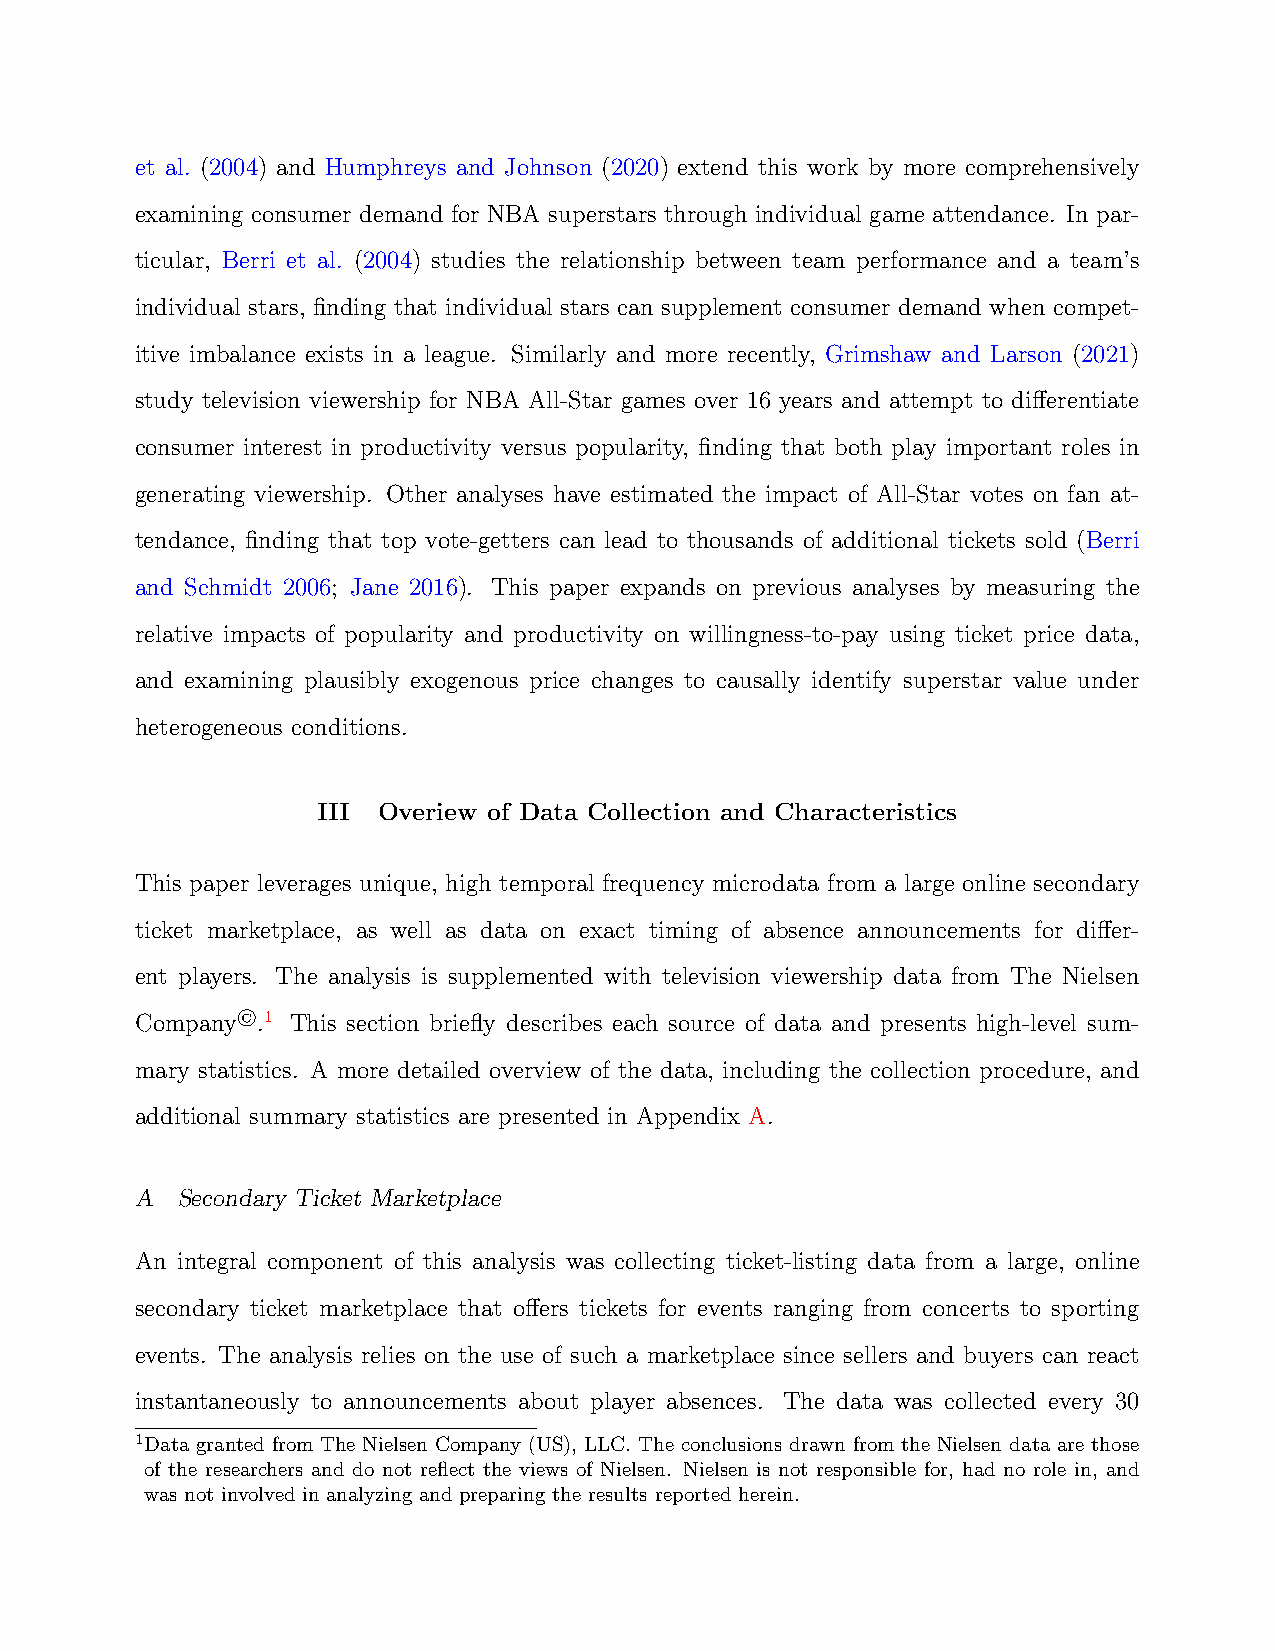
et al. (2004) and Humphreys and Johnson (2020) extend this work by more comprehensively
 examining consumer demand for NBA superstars through individual game attendance. In par-
 ticular, Berri et al. (2004) studies the relationship between team performance and a team’s
 individual stars, finding that individual stars can supplement consumer demand when compet-
 itive imbalance exists in a league. Similarly and more recently, Grimshaw and Larson (2021)
 study television viewership for NBA All-Star games over 16 years and attempt to differentiate
 consumer interest in productivity versus popularity, finding that both play important roles in
 generating viewership. Other analyses have estimated the impact of All-Star votes on fan at-
 tendance, finding that top vote-getters can lead to thousands of additional tickets sold (Berri
 and Schmidt 2006; Jane 2016). This paper expands on previous analyses by measuring the
 relative impacts of popularity and productivity on willingness-to-pay using ticket price data,
 and examining plausibly exogenous price changes to causally identify superstar value under
 heterogeneous conditions.
 III Overiew of Data Collection and Characteristics
 This paper leverages unique, high temporal frequency microdata from a large online secondary
 ticket marketplace, as well as data on exact timing of absence announcements for differ-
 ent players. The analysis is supplemented with television viewership data from The Nielsen
 Company©.1 This section briefly describes each source of data and presents high-level sum-
 mary statistics. A more detailed overview of the data, including the collection procedure, and
 additional summary statistics are presented in Appendix A.
 A  Secondary Ticket Marketplace
 An integral component of this analysis was collecting ticket-listing data from a large, online
 secondary ticket marketplace that offers tickets for events ranging from concerts to sporting
 events. The analysis relies on the use of such a marketplace since sellers and buyers can react
 instantaneously to announcements about player absences. The data was collected every 30
 1Data granted from The Nielsen Company (US), LLC. The conclusions drawn from the Nielsen data are those
 of the researchers and do not reflect the views of Nielsen. Nielsen is not responsible for, had no role in, and
 was not involved in analyzing and preparing the results reported herein.